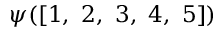
\psi ( [ 1 , \ 2 , \ 3 , \ 4 , \ 5 ] )